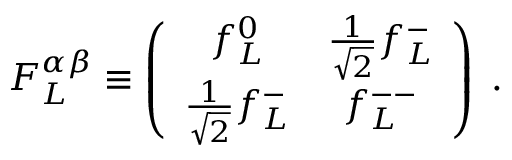
F _ { L } ^ { \alpha \beta } \equiv \left( \begin{array} { c c } { { f _ { L } ^ { 0 } } } & { { \frac { 1 } { \sqrt 2 } f _ { L } ^ { - } } } \\ { { \frac { 1 } { \sqrt 2 } f _ { L } ^ { - } } } & { { f _ { L } ^ { -- } } } \end{array} \right) \; .